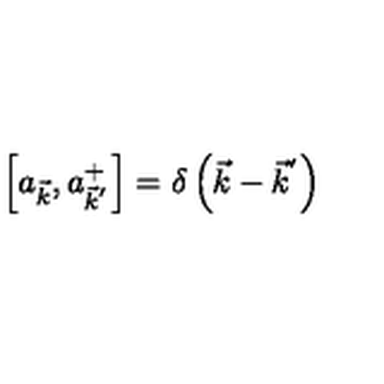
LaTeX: \left[ a _ { \vec { k } } , a _ { { \vec { k } } ^ { ' } } ^ { + } \right] = \delta \left( \vec { k } - { \vec { k } } ^ { ' } \right)